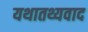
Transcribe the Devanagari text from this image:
यथातथ्यवाद